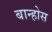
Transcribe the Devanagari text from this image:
बान्होस